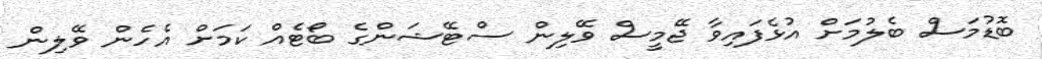
ބޮޑުމަސް ބެލުމަށް އުޅެފައިވާ ޖޭމީސް ވޭލިން ސްޓޭޝަންގެ ބޯޓެއް ކަމަށް އެހެން ވޭލިން